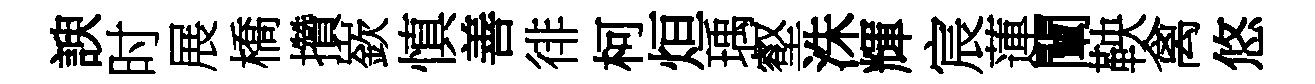
諛时展橋攢嶔慎善徘柯烜瑀壑洙輝宸蓮闡鞅禽悠